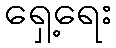
ရှေ့ရေး